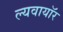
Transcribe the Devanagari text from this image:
ल्यवायॉर